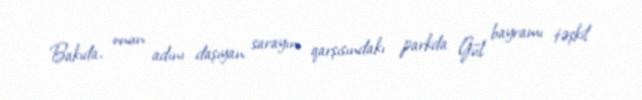
Bakıda, onun adını daşıyan sarayın qarşısındakı parkda Gül bayramı təşkil